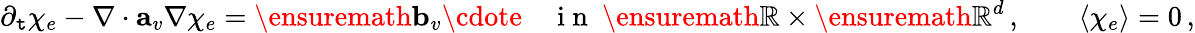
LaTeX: \partial_{\mathtt{t}}\chi_{e}-\nabla\cdot\mathbf{{a}}_{v}\nabla\chi_{e}=\ensuremath{{\mathbf{{b}}}}_{v}\cdote\quad\mathrm{{~i~n~}}\ \ensuremath{{\mathbb{{R}}}}\times\ensuremath{{\mathbb{{R}}^{d}}}\, ,\qquad\langle\chi_{e}\rangle=0\, ,